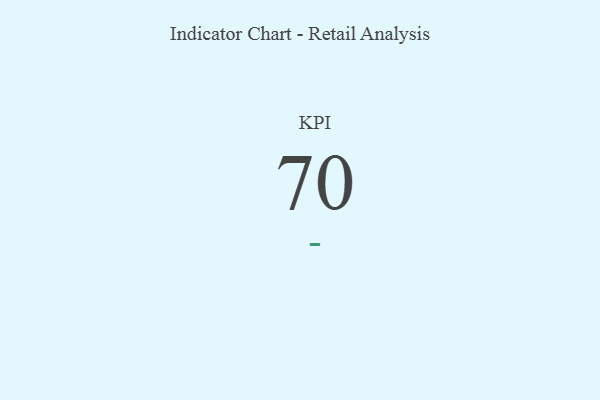
{"axis": {"x": "KPI", "y": "Value"}, "legend": [""], "data": [{"x": "KPI", "y": 70, "type": ""}]}